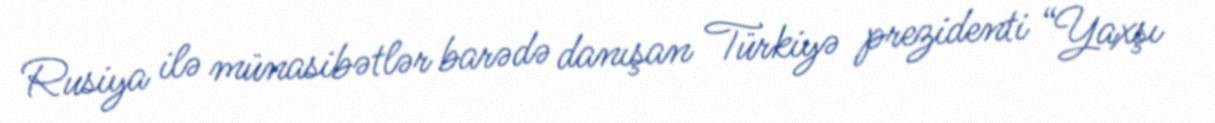
Rusiya ilə münasibətlər barədə danışan Türkiyə prezidenti “Yaxşı